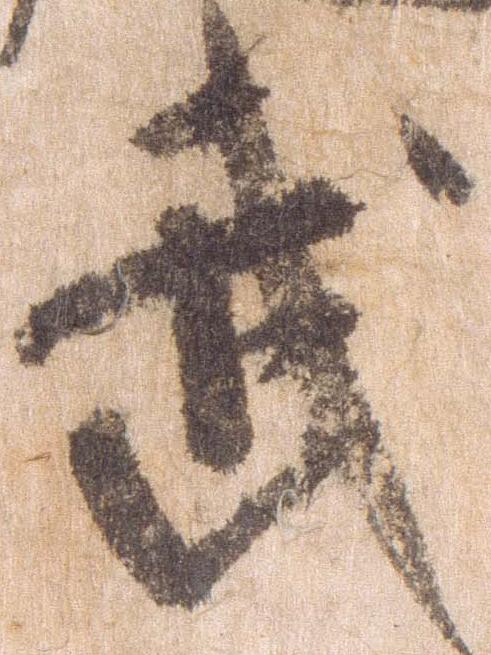
武